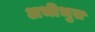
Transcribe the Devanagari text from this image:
अभीभुत